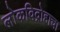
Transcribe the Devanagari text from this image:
लोकविद्रोहाचा